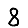
Digit: 8